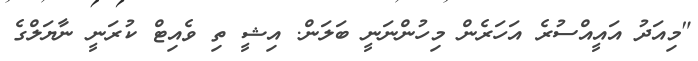
"މިއަދު އައީއްސުރެ އަހަރެން މިހުންނަނީ ބަލަން. އިޝީ ތި ވެއިޓް ކުރަނީ ނާޔަލްގެ